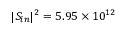
| S _ { i n } | ^ { 2 } = 5 . 9 5 \times 1 0 ^ { 1 2 }